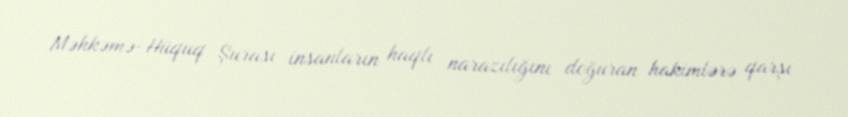
Məhkəmə-Hüquq Şurası insanların haqlı narazılığını doğuran hakimlərə qarşı